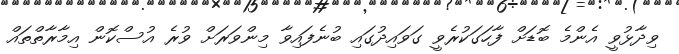
ވިދާޅުވީ އެންމެ ބޮޑަށް ފާހަގަކުރެވީ ގަވައިދުގައި ބުނެފައިވާ މިންވަރަށް ވުރެ އުސްކޮން އިމާރާތްތައް